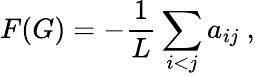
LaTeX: F(G)=-\frac{1}{L}\sum_{i<j}a_{ij}\ ,